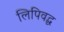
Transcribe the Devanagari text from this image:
लिपिवद्ध